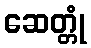
ဆေတ္တုံ